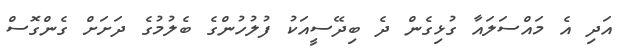
އަދި އެ މައްސަލައާ ގުޅިގެން ދެ ބިދޭސީއަކު ފުލުހުންގެ ބެލުމުގެ ދަށަށް ގެންގޮސް